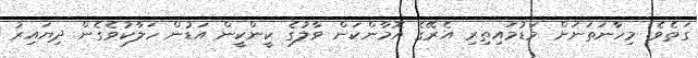
ގަތެވެ. މިހާނަތަނަށް މަޑުމައިތިރި އެރޭގެ އޮމާންކަން ވާލުގެ ކީންކީން އަޑުން ހަލާކުވެގެން ދިޔައިރު